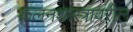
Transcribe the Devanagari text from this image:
कलनशास्त्रावरील